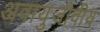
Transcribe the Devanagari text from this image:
अवायुजीवीय